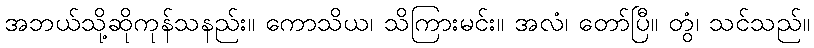
အဘယ်သို့ဆိုကုန်သနည်း။ ကောသိယ၊ သိကြားမင်း။ အလံ၊ တော်ပြီ။ တွံ၊ သင်သည်။